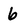
Character: 6